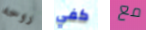
روحه كفي مع